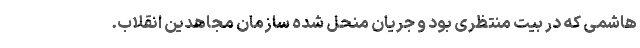
هاشمی که در بیت منتظری بود و جریان منحل شده سازمان مجاهدین انقلاب.